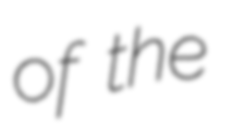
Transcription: of the